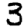
Digit: 3